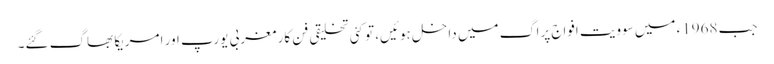
جب 1968ء میں سوویت افواج پراگ میں داخل ہوئیں، تو کئی تخلیقی فن کار مغربی یورپ اور امریکا بھاگ گئے۔